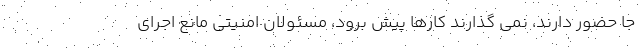
جا حضور دارند، نمی گذارند کارها پیش برود، مسئولان امنیتی مانع اجرای